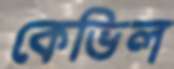
কেভিল